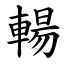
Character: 輰